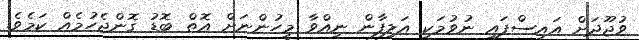
ވުޖޫދަށް އައިސްފައި ނުވުމަކީ އަލިފާން ނިއްވާ މީހުންނަށް އޮތް ބޮޑު ގޮންޖެހުމެއް ކަމެވެ.